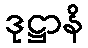
ဒုဋ္ဌာနိ